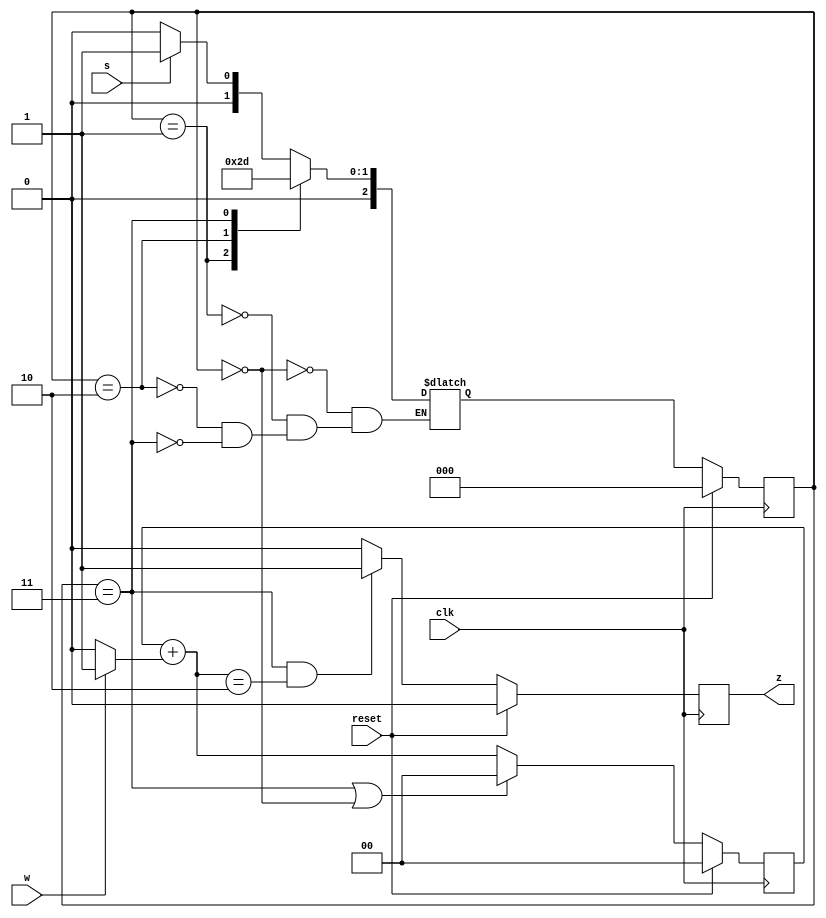
module top_module (
    input clk,
    input reset,   // Synchronous reset
    input s,
    input w,
    output z
);
    
    parameter A = 3'b000, B0 = 3'b001, B1 = 3'b010, B2 = 3'b011;
    reg [2:0] state, next_state;
    reg [1:0] counter;
    
    always @(*) begin
        case (state)
            A : next_state = (s == 1'b1 ? B0 : A);
            B0: next_state = B1;
            B1: next_state = B2;
            B2: next_state = B0;
        endcase
    end
    
    always @(posedge clk) begin
        if (reset == 1'b1) begin
            state   <= A;
            counter <= 2'b00;
            z       <= 1'b0;
        end
        else begin
            state <= next_state;
            z <= (state == B2 && (counter + (w == 1'b1 ? 2'b01 : 2'b00) == 2'b10) ? 1'b1 : 1'b0);
            if (state == B2 || state == A) begin
                counter <= 2'b00;
            end
            else begin
                counter <= counter + (w == 1'b1 ? 2'b01 : 2'b00);
            end
        end
    end

endmodule